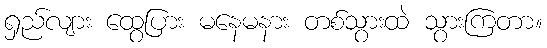
ရှည်လျား ထွေပြား မနေမနား တစ်သွားထဲ သွားကြတာ။